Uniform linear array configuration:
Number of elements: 64
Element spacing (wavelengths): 1
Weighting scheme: hamming
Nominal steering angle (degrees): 45
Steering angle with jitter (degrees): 43.228
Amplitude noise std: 0.05
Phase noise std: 0.05

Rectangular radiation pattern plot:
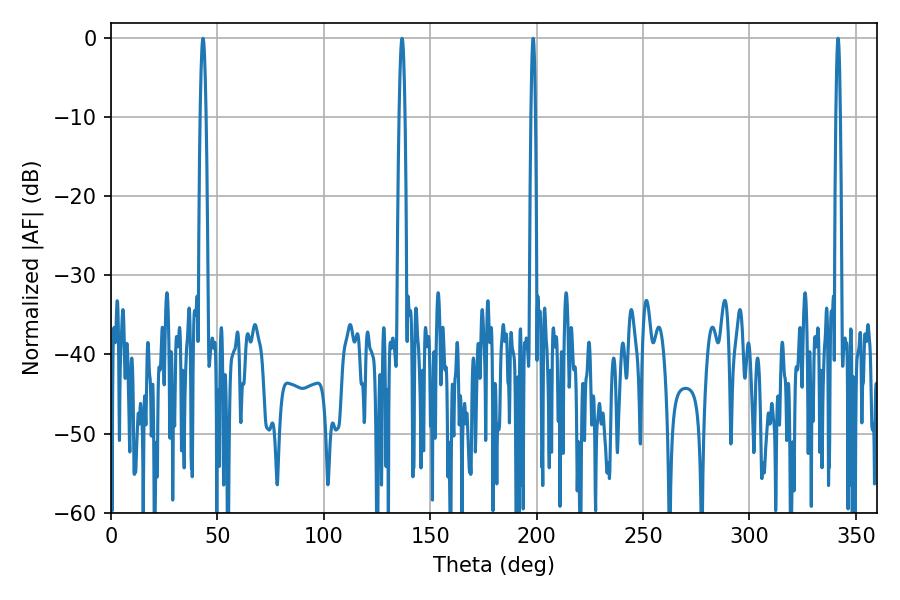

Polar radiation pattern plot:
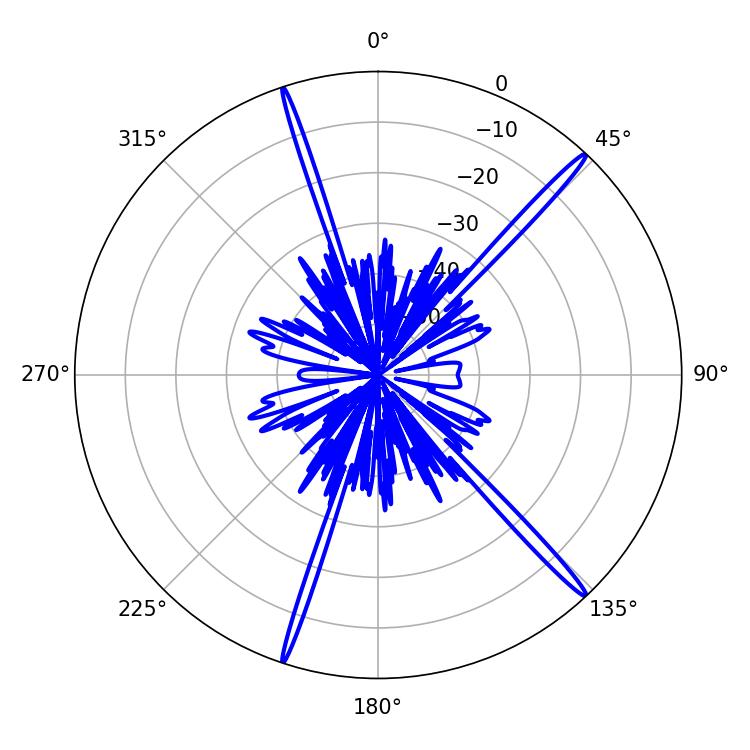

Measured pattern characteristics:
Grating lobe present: TRUE
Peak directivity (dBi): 18.833
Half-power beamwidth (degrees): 1.08
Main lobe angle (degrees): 198.36